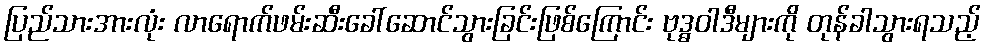
ပြည်သားအားလုံး လာရောက်ဖမ်းဆီးခေါ်ဆောင်သွားခြင်းဖြစ်ကြောင်း ဗုဒ္ဓဝါဒီများကို တုန်ခါသွားရသည့်